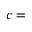
c =